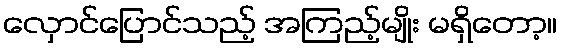
လှောင်ပြောင်သည့် အကြည့်မျိုး မရှိတော့။